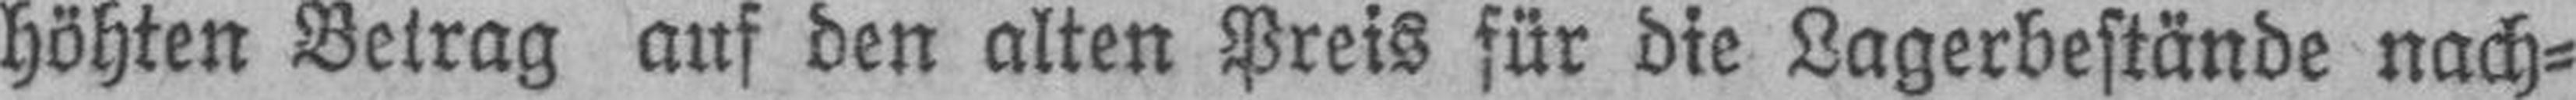
höhten Betrag auf den alten Preis für die Lagerbestände nach¬